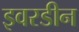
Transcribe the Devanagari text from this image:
इवरडीन